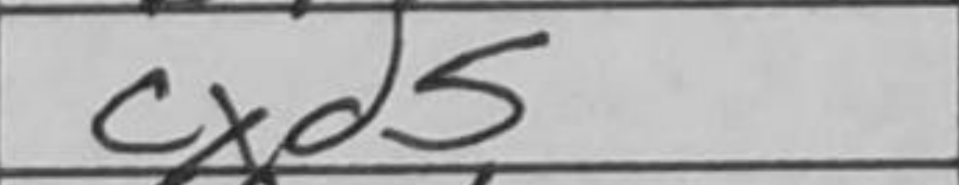
Transcription: cxd5